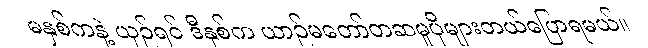
မနှစ်ကနဲ့ ယှဉ်ရင် ဒီနှစ်က ယာဉ်မတော်တဆမှုပိုများတယ်ပြောရမယ်။